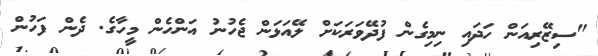
"ސިޒޭރިއަން ހަދައި ނިމިގެން ފުދޭވަރަކަށް ލޭއަޅަން ޖެހުނު އަންހެން މީހާގެ. ދެން ފަހުން